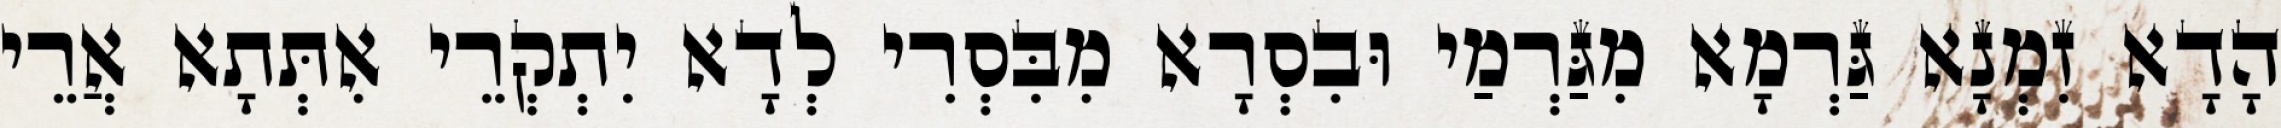
הָדָא זִמְנָא גַּרְמָא מִגַּרְמַי וּבִסְרָא מִבִּסְרִי לְדָא יִתְקְרֵי אִתְּתָא אֲרֵי